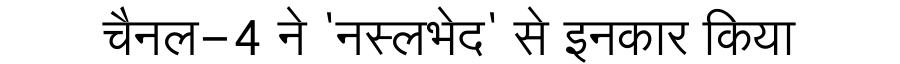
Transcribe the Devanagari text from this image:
चैनल-4 ने 'नस्लभेद' से इनकार किया